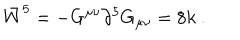
\bar { W } ^ { 5 } = - G ^ { \mu \nu } \partial ^ { 5 } G _ { \mu \nu } = 8 k \ .